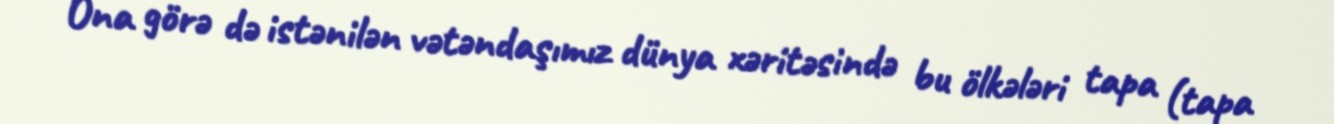
Ona görə də istənilən vətəndaşımız dünya xəritəsində bu ölkələri tapa (tapa